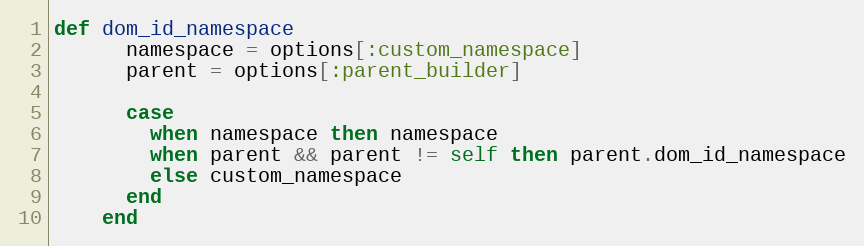
Language: Ruby
def dom_id_namespace
      namespace = options[:custom_namespace]
      parent = options[:parent_builder]

      case
        when namespace then namespace
        when parent && parent != self then parent.dom_id_namespace
        else custom_namespace
      end
    end